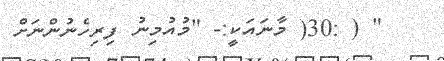
" ( :30( މާނައަކީ:- "މުއުމިނު ފިރިހެނުންނަށް